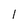
Character: 1